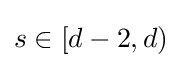
s\in [d-2,d)